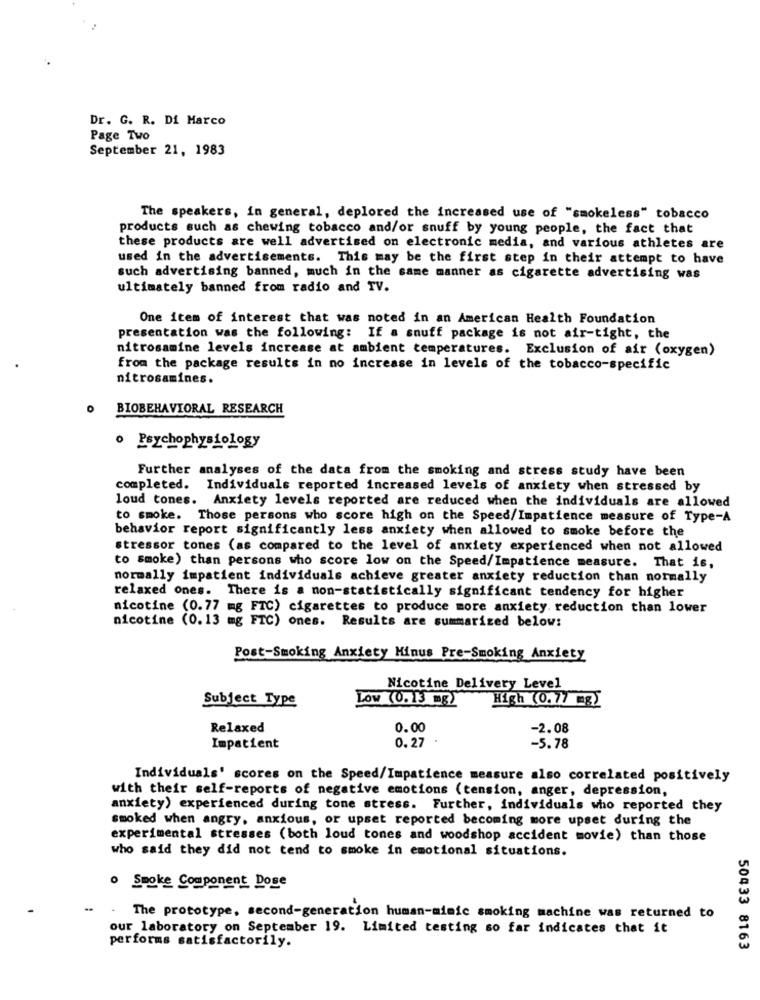
Dr. G. R. Di Marco
Page Two
September 21, 1983
The speakers, in general, deplored the increased use of "smokeless" tobacco
products such as chewing tobacco and/or snuff by young people, the fact that
these products are well advertised on electronic media, and various athletes are
used in the advertisements. This may be the first step in their attempt to have
such advertising banned, much in the same manner as cigarette advertising was
ultimately banned from radio and TV.
One item of interest that was noted in an American Health Foundation
presentation was the following: If a snuff package is not air-tight, the
nitrosamine levels increase at ambient temperatures. Exclusion of air (oxygen)
from the package results in no increase in levels of the tobacco-specific
nitrosamines.
BIOBEHAVIORAL RESEARCH
· Psychophysiology
Further analyses of the data from the smoking and stress study have been
completed. Individuals reported increased levels of anxiety when stressed by
loud tones. Anxiety levels reported are reduced when the individuals are allowed
to smoke. Those persons who score high on the Speed/Impatience measure of Type-A
behavior report significantly less anxiety when allowed to smoke before the
stressor tones (as compared to the level of anxiety experienced when not allowed
to smoke) than persons who score low on the Speed/Impatience measure. That is,
normally impatient individuals achieve greater anxiety reduction than normally
relaxed ones. There is a non-statistically significant tendency for higher
nicotine (0.77 mg FTC) cigarettes to produce more anxiety. reduction than lower
nicotine (0.13 mg FTC) ones. Results are summarized below:
Post-Smoking Anxiety Minus Pre-Smoking Anxiety
Nicotine Delivery Level
Subject Type
Low (0.13 mg)
High (0.77 mg)
Relaxed
0.00
-2.08
Impatient
0.27
-5.78
Individuals' scores on the Speed/Impatience measure also correlated positively
with their self-reports of negative emotions (tension, anger, depression,
anxiety) experienced during tone stress. Further, individuals who reported they
smoked when angry, anxious, or upset reported becoming more upset during the
experimental stresses (both loud tones and woodshop accident movie) than those
who said they did not tend to smoke in emotional situations.
o Smoke Component Dose
The prototype, second-generation human-mimic smoking machine was returned to
our laboratory on September 19. Limited testing so far indicates that it
performs satisfactorily.
50433 8163